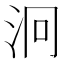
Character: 泂